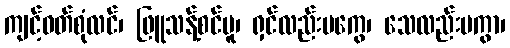
ကျင့်ဝတ်စုံလင်၊ ဖြူသန့်စင်မူ၊ ရှင်လည်းမကွေ၊ သေလည်းမကွာ၊